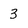
Character: 3